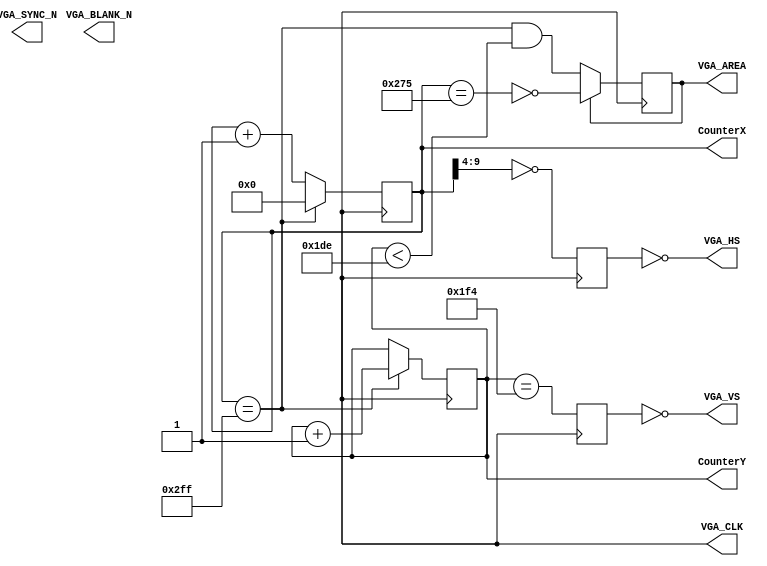
module VGASync (VGA_CLK, VGA_HS, VGA_VS, VGA_BLANK_N, VGA_SYNC_N, VGA_AREA, CounterX, CounterY);
output VGA_CLK;     // VGA Clock
output VGA_HS;      // VGA H_SYNC
output VGA_VS;      // VGA V_SYNC
output VGA_BLANK_N; // VGA BLANK
output VGA_SYNC_N;  // VGA SYNC
output reg VGA_AREA;
output reg [9:0] CounterX;
output reg [8:0] CounterY;

reg HSync, VSync;

wire CounterXmaxed = (CounterX==10'h2FF);

always @(posedge VGA_CLK)
if(CounterXmaxed)
	CounterX <= 0;
else
	CounterX <= CounterX + 1;

always @(posedge VGA_CLK)
if(CounterXmaxed)
	CounterY <= CounterY + 1;

always @(posedge VGA_CLK)
begin
	HSync <= (CounterX[9:4]==6'h0); // change this value to move the display horizontally
	VSync <= (CounterY==500); // change this value to move the display vertically
end

always @(posedge VGA_CLK)
if(VGA_AREA==0)
	VGA_AREA <= (CounterXmaxed) && (CounterY<478);
else
	VGA_AREA <= !(CounterX==629);
	
assign VGA_HS = ~HSync;
assign VGA_VS = ~VSync;

endmodule